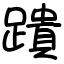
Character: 蹪